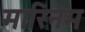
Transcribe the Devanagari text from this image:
मारिनम